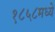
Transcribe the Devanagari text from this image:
१८५८मध्ये